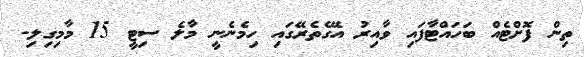
ތިން ފޮށްޓެއް ބަހައްޓާފައި ވާއިރު އޭގެތެރޭގައި ހިމެނެނީ މާލެ ސިޓީ 15 މާމިގިލި-